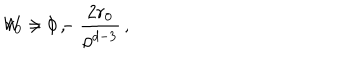
LaTeX: W = 1 - \frac { 2 r _ { 0 } } { \rho ^ { d - 3 } } \, , \hspace { 1 c m } r _ { 0 } > 0 \, ,